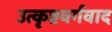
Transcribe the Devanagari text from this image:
उत्कृष्टवर्गवाद